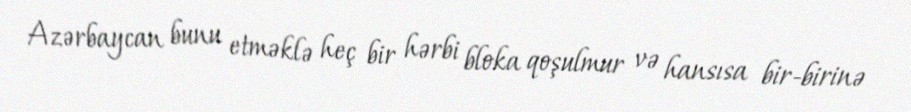
Azərbaycan bunu etməklə heç bir hərbi bloka qoşulmur və hansısa bir-birinə